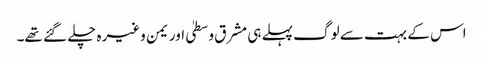
اس کے بہت سے لوگ پہلے ہی مشرق وسطیٰ اور یمن وغیرہ چلے گئے تھے۔